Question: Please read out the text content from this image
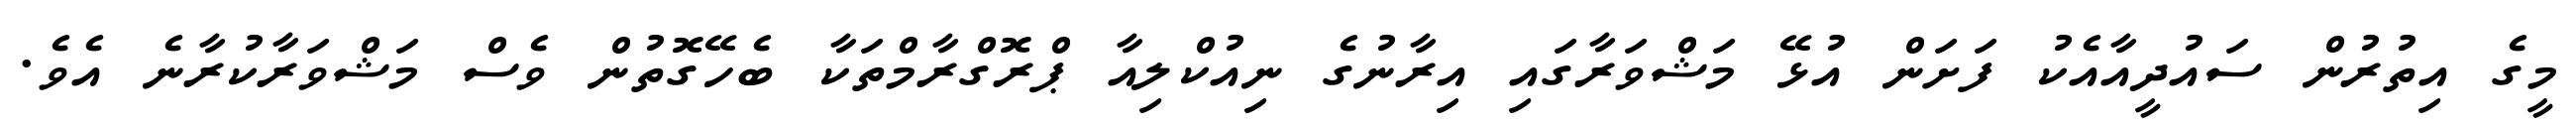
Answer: މީގެ އިތުރުން ސައުދީއާއެކު ފަށަން އުޅޭ މަޝްވަރާގައި އިރާނުގެ ނިއުކްލިއާ ޕްރޮގްރާމްތަކާ ބެހޭގޮތުން ވެސް މަޝްވަރާކުރާނެ އެވެ.